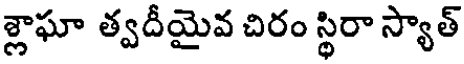
శ్లాఘా త్వదీయైవ చిరం స్థిరా స్యాత్